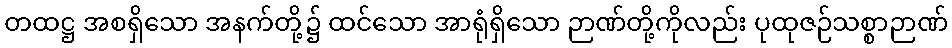
တထဋ္ဌ အစရှိသော အနက်တို့၌ ထင်သော အာရုံရှိသော ဉာဏ်တို့ကိုလည်း ပုထုဇဉ်သစ္စာဉာဏ်